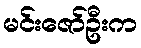
မင်းဇော်ဦးက